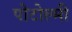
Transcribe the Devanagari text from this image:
पोटोल्मी